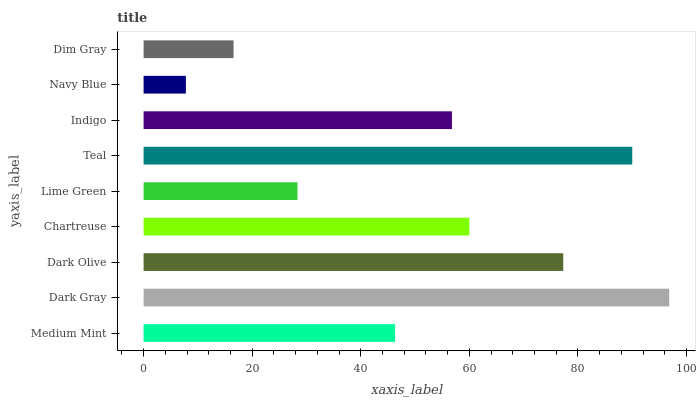
| yaxis_label | bars |
 | --- | --- |
 | Medium Mint | 46.3 |
 | Dark Gray | 96.8 |
 | Dark Olive | 77.3 |
 | Chartreuse | 60 |
 | Lime Green | 28.3 |
 | Teal | 90 |
 | Indigo | 56.8 |
 | Navy Blue | 7.79 |
 | Dim Gray | 16.6 |